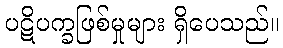
ပဋိပက္ခဖြစ်မှုများ ရှိပေသည်။